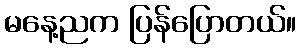
မနေ့ညက ပြန်ပြောတယ်။